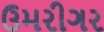
ઉમરીગર